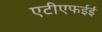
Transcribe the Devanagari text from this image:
एटीएफईई